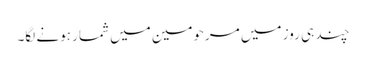
چند ہی روز میں مرحومین میں شمار ہونے لگا۔